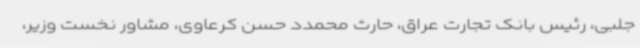
جلبی، رئیس بانک تجارت عراق، حارث محمدد حسن کرعاوی، مشاور نخست وزیر،